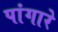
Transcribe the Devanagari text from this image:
पांगारे